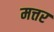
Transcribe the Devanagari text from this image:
मत्तर